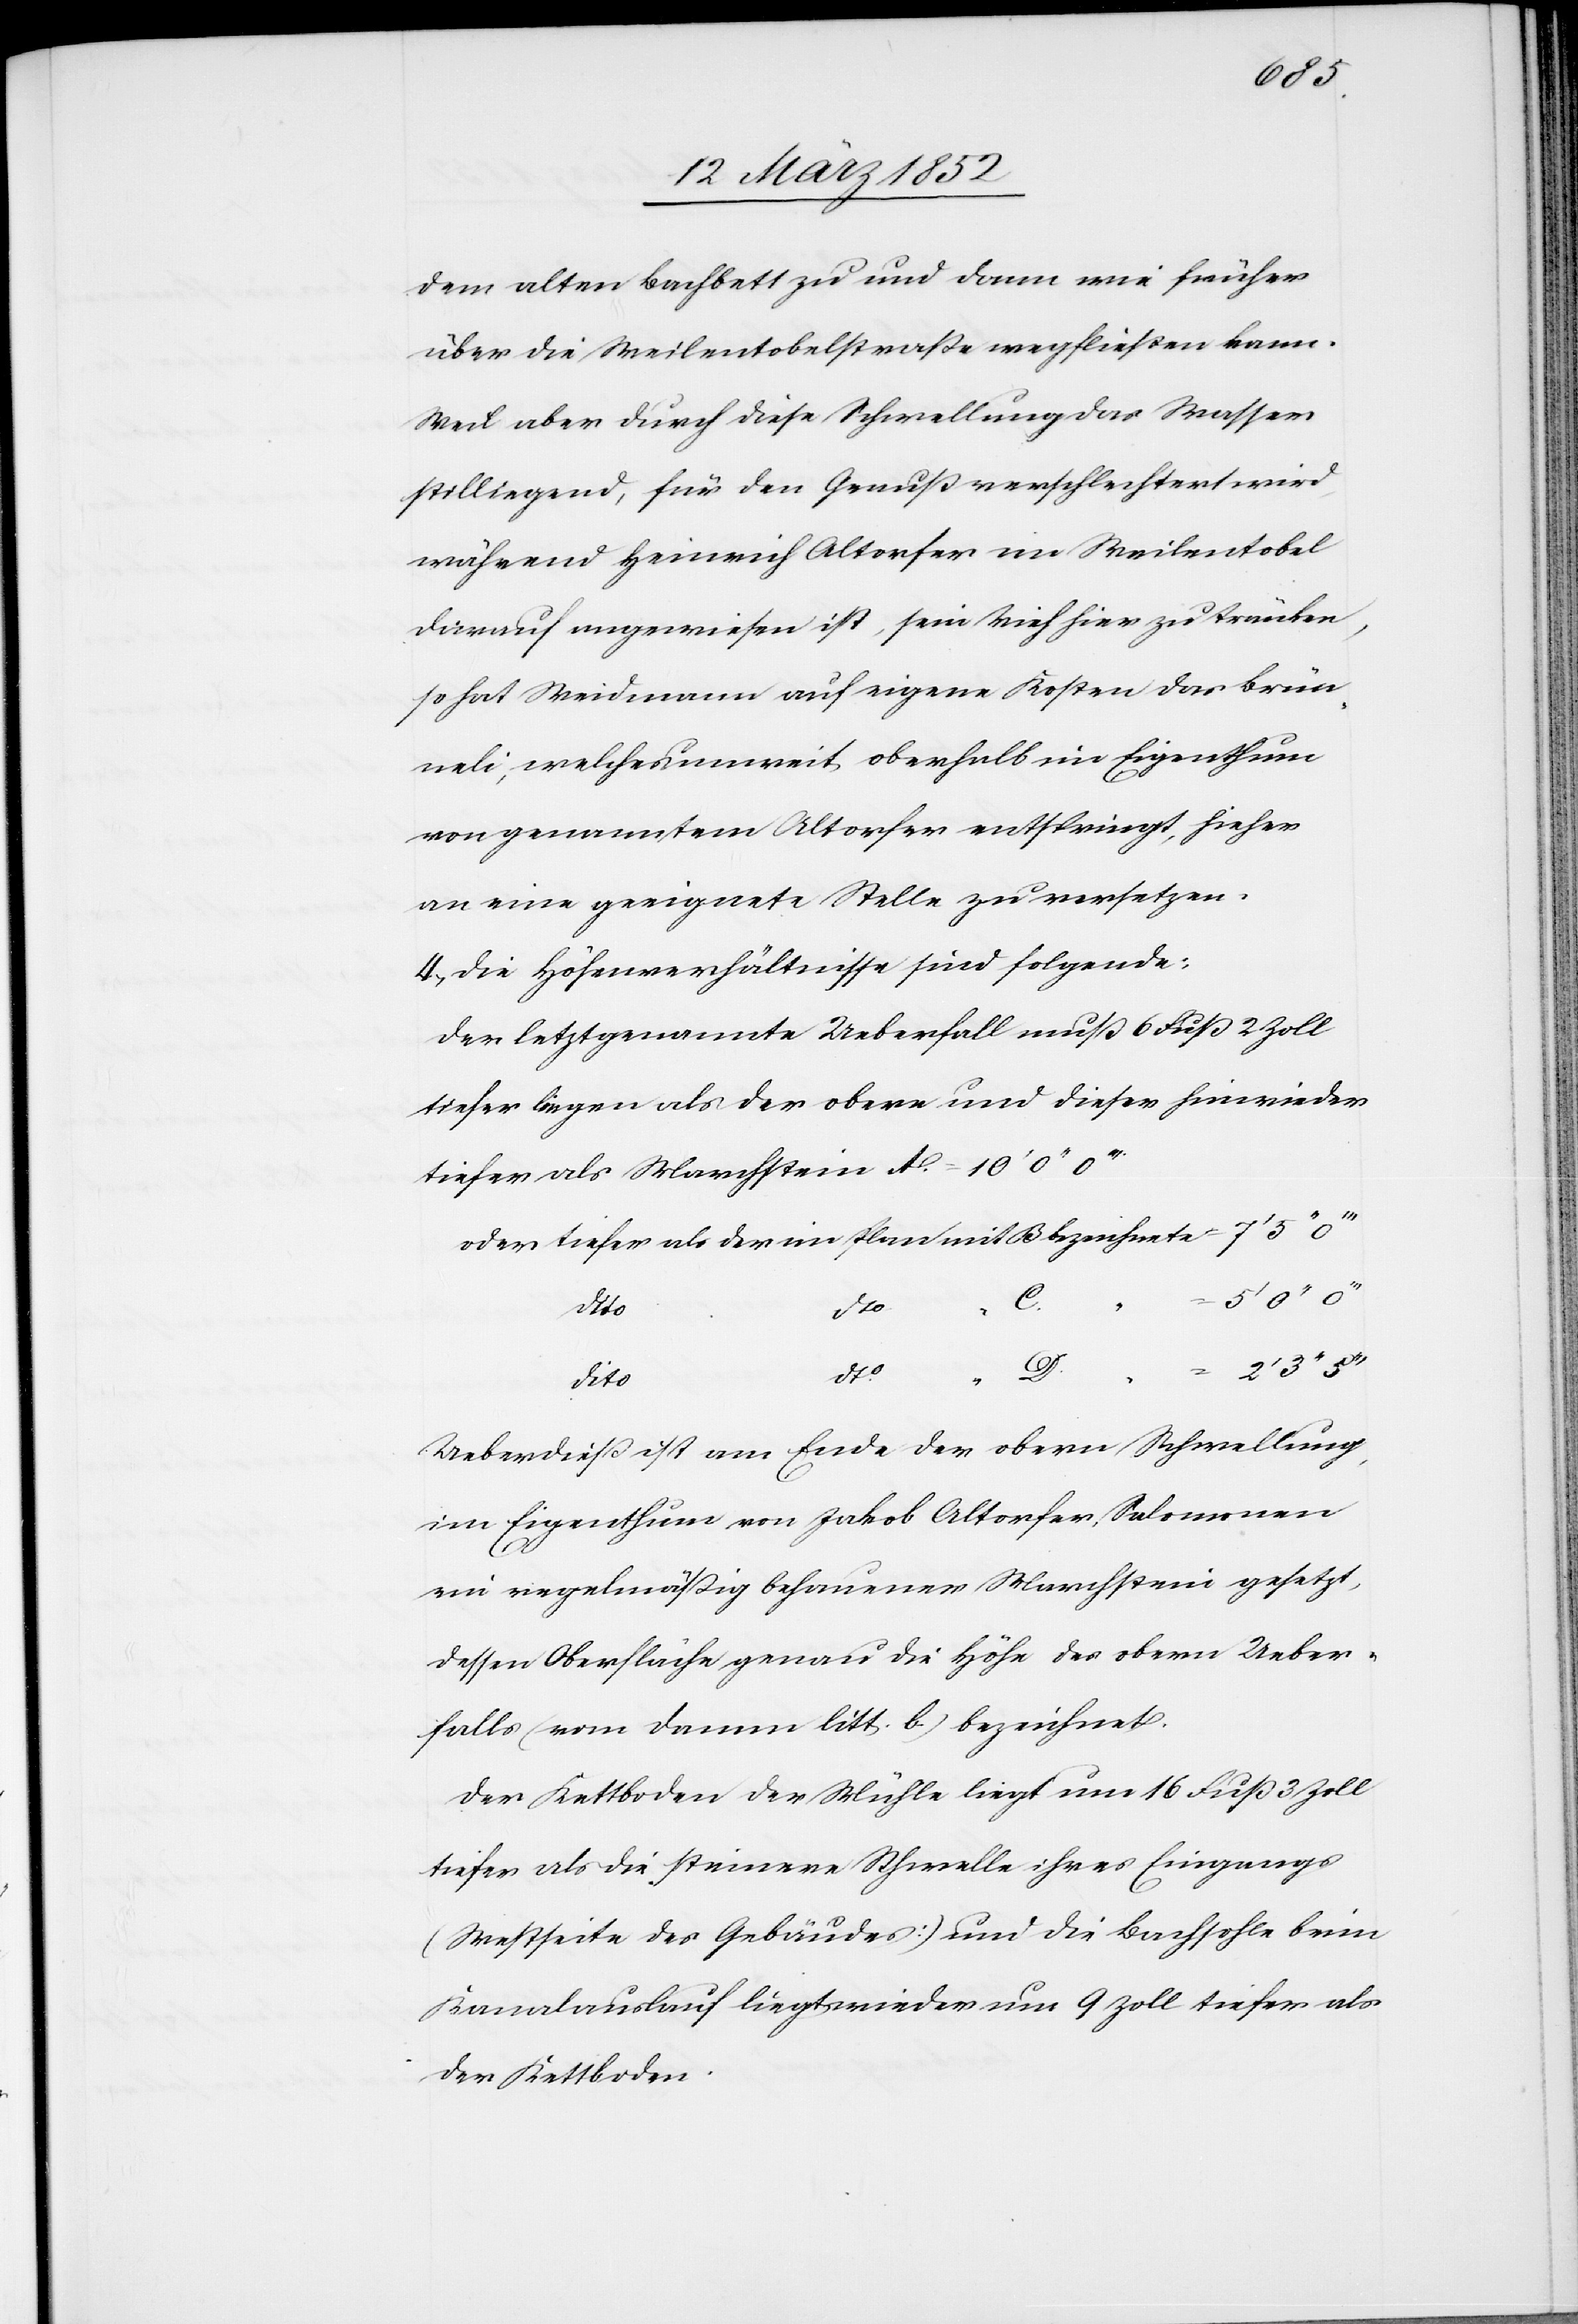
dem alten Bachbett zu und dann wie früher
über die Weilentobelstraße wegfließen kann.
Weil aber durch diese Schwellung das Wasser
stilliegend, für den Genuß verschlechtert wird,
während Heinrich Altorfer im Weilentobel
darauf angewiesen ist, sein Vieh hier zu tränken,
so hat Weidmann auf eigene Kosten das Brün¬
neli, welches unweit oberhalb im Eigenthum
von genanntem Altorfer entspringt, hieher
an eine geeignete Stelle zu versetzen.
4.) Die Höhenverhältnisse sind folgende:
der letztgenannte Ueberfall muß 6 Fuß 2 Zoll
tiefer liegen als der obere und dieser hinwieder
tiefer als Marchstein A. = 10’ 0’’
oder tiefer als der im Plan mit B bezeichnete = 7’ 5’’
dto
C.
dto
D.
dito
Ueberdieß ist am Ende der obern Schwellung,
im Eigenthum von Jakob Altorfer, Salomonen
ein regelmäßig behauener Marchstein gesetzt,
dessen Oberfläche genau die Höhe des obern Ueber¬
falls (vom Damm litt. b) bezeichnet.
Der Kettboden der Mühle liegt um 16 Fuß 3 Zoll
tiefer als die Steinerne Schwelle ihres Eingangs
(Meßseite des Gebäudes) und die Bachsohle beim
Kanalauslauf liegt wieder um 9 Zoll tiefer als
der Kettboden.